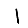
Digit: 1